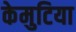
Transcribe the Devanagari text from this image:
केमुटिया